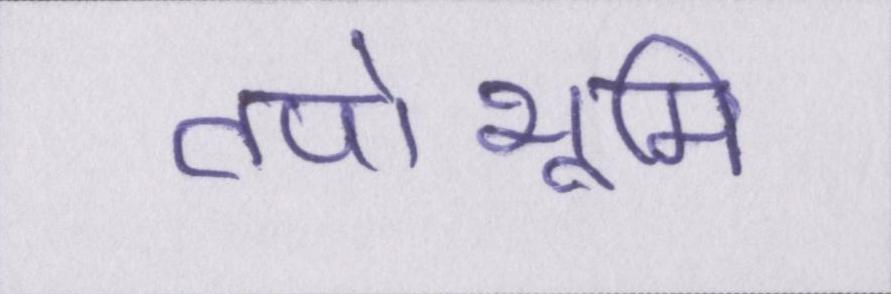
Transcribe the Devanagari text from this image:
तपोभूमि